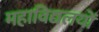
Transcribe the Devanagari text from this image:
महाविद्यलयों